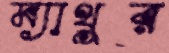
ম্যাথুর